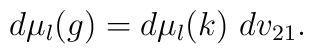
d\mu _l (g) = d\mu_l (k)~dv_{21}.